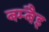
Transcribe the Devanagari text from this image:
बम्बैइ